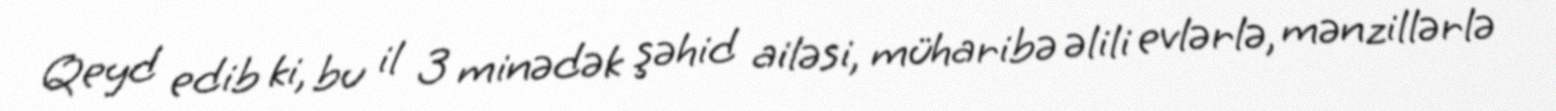
Qeyd edib ki, bu il 3 minədək şəhid ailəsi, müharibə əlili evlərlə, mənzillərlə